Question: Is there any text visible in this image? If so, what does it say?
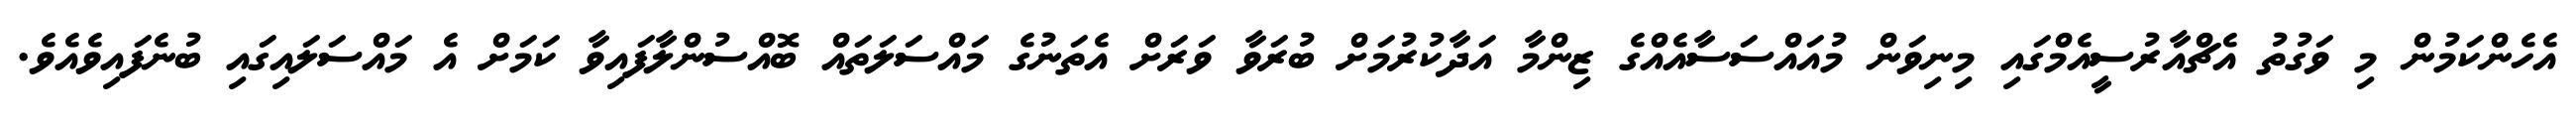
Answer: އެހެންކަމުން މި ވަގުތު އެޗްއާރުސީއެމްގައި މިނިވަން މުއައްސަސާއެއްގެ ޒިންމާ އަދާކުރުމަށް ބުރަވާ ވަރަށް އެތަނުގެ މައްސަލަތައް ބޮއްސުންލާފައިވާ ކަމަށް އެ މައްސަލައިގައި ބުނެފައިވެއެވެ.